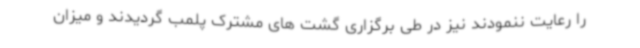
را رعایت ننمودند نیز در طی برگزاری گشت های مشترک پلمب گردیدند و میزان